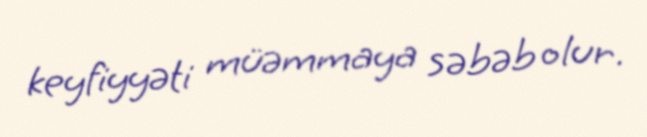
keyfiyyəti müəmmaya səbəb olur.